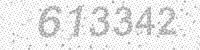
Solution: 613342